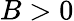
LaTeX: B>0